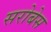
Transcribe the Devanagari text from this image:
सरोबेस